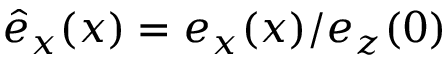
{ \hat { e } _ { x } ( x ) = e _ { x } ( x ) / e _ { z } ( 0 ) }